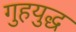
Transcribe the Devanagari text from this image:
गुहयुद्ध